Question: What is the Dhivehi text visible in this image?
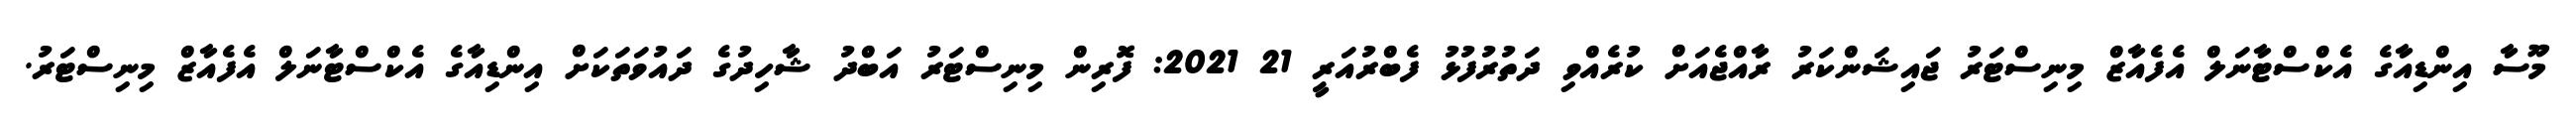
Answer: މޫސާ އިންޑިއާގެ އެކްސްޓާނަލް އެފެއާޒް މިނިސްޓަރު ޖައިޝަންކަރު ރާއްޖެއަށް ކުރެއްވި ދަތުރުފުޅު ފެބްރުއަރީ 21 2021: ފޮރިން މިނިސްޓަރު އަބްދު ޝާހިދުގެ ދައުވަތަކަށް އިންޑިއާގެ އެކްސްޓާނަލް އެފެއާޒް މިނިސްޓަރު.